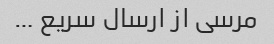
مرسی از ارسال سریع …